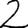
Digit: 2